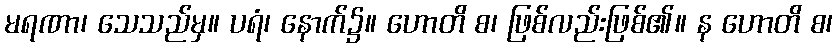
မရဏာ၊ သေသည်မှ။ ပရံ၊ နောက်၌။ ဟောတိ စ၊ ဖြစ်လည်းဖြစ်၏။ န ဟောတိ စ၊